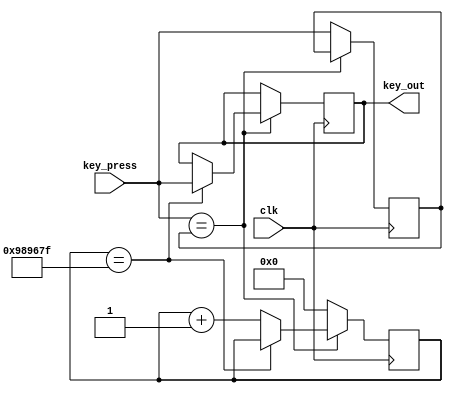
`timescale 1ns / 1ps



module own_debouncer(
    input clk,
    input key_press,
    output reg key_out
    );
    
    parameter count_max = 9_999_999;
    reg [31:0]count = 0;
    reg stable = 0;
    
    always @ (posedge clk) begin
        if (key_press == stable) begin
            if (count == count_max) begin
                key_out <= key_press;
            end
            else 
                count <= count + 1;
        end
        else begin
            count <= 0;
            stable <= key_press;
        end
    end
    
    
    
    
endmodule